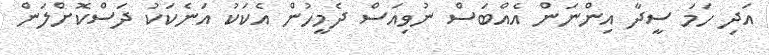
އަދި ހަމަ ސީދާ އިންނަން އެއްބަސް ނުވިއަސް ދެމީހުން އެކަކު އަނެކަކު ދަސްކޮށްލަން